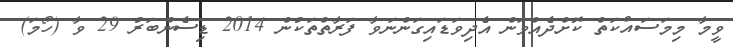
ވީމާ މިމަސައްކަތް ކޮށްދެއްވަން އެދިވަޑައިގަންނަވާ ފަރާތްތަކުން 2014 ޑިސެންބަރު 29 ވާ (ހޯމަ)